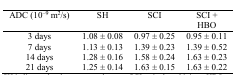
<table><thead><tr><td><b>ADC (10<sup>-9</sup> m<sup>2</sup>/s)</b></td><td><b>SH</b></td><td><b>SCI</b></td><td><b>SCI + HBO</b></td></tr></thead><tbody><tr><td>3 days</td><td>1.08 ± 0.08</td><td>0.97 ± 0.25</td><td>0.95 ± 0.11</td></tr><tr><td>7 days</td><td>1.13 ± 0.13</td><td>1.39 ± 0.23</td><td>1.39 ± 0.52</td></tr><tr><td>14 days</td><td>1.28 ± 0.16</td><td>1.58 ± 0.24</td><td>1.63 ± 0.23</td></tr><tr><td>21 days</td><td>1.25 ± 0.14</td><td>1.63 ± 0.15</td><td>1.63 ± 0.22</td></tr></tbody></table>